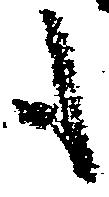
も